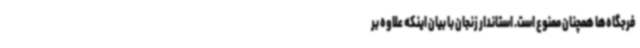
فرجگاه‌ها همچنان ممنوع است. استاندار زنجان با بیان اینکه علاوه بر